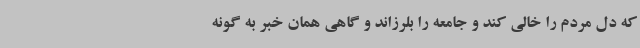
که دل مردم را خالی کند و جامعه را بلرزاند و گاهی همان خبر به گونه